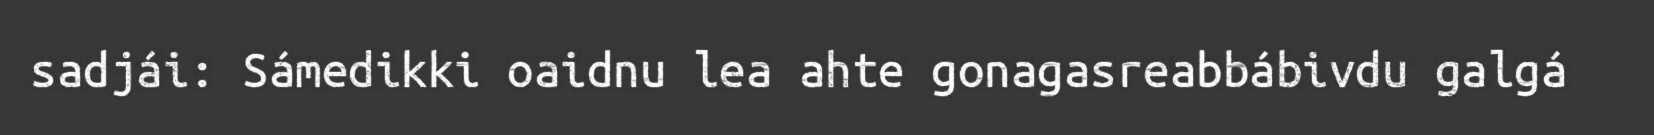
sadjái: Sámedikki oaidnu lea ahte gonagasreabbábivdu galgá